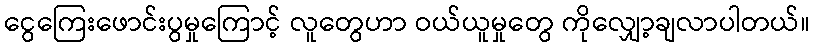
ငွေကြေးဖောင်းပွမှုကြောင့် လူတွေဟာ ဝယ်ယူမှုတွေ ကိုလျှော့ချလာပါတယ်။